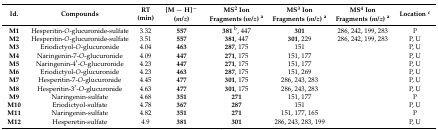
<table><thead><tr><td><b>Id.</b></td><td><b>Compounds</b></td><td><b>RT (min)</b></td><td><b>[M − H]<sup>−</sup> (<i>m/z</i>)</b></td><td><b>MS<sup>2</sup> Ion Fragments (<i>m/z</i>) <sup>a</sup></b></td><td><b>MS<sup>3</sup> Ion Fragments (<i>m/z</i>) <sup>a</sup></b></td><td><b>MS<sup>4</sup> Ion Fragments (<i>m/z</i>) <sup>a</sup></b></td><td><b>Location <sup>c</sup></b></td></tr></thead><tbody><tr><td><b>M1</b></td><td>Hesperitin-<i>O</i>-glucuronide-sulfate</td><td>3.32</td><td><b>557</b></td><td><b>381</b><sup>b</sup>, 447</td><td><b>301</b></td><td>286, 242, 199, 283</td><td>P</td></tr><tr><td><b>M2</b></td><td>Hesperitin-<i>O</i>-glucuronide-sulfate</td><td>3.51</td><td><b>557</b></td><td><b>381</b>, 447</td><td><b>301</b>, 229</td><td>286, 242, 199, 283</td><td>P, U</td></tr><tr><td><b>M3</b></td><td>Eriodictyol-<i>O</i>-glucuronide</td><td>4.04</td><td><b>463</b></td><td><b>287</b>, 175</td><td>151</td><td></td><td>P, U</td></tr><tr><td><b>M4</b></td><td>Naringenin-7-<i>O</i>-glucuronide</td><td>4.09</td><td><b>447</b></td><td><b>271</b>, 175</td><td>151, 177</td><td></td><td>P, U</td></tr><tr><td><b>M5</b></td><td>Naringenin-4′-<i>O</i>-glucuronide</td><td>4.23</td><td><b>447</b></td><td><b>271</b>, 175</td><td>151, 177</td><td></td><td>P, U</td></tr><tr><td><b>M6</b></td><td>Eriodictyol-<i>O</i>-glucuronide</td><td>4.23</td><td><b>463</b></td><td><b>287</b>, 175</td><td>151, 269</td><td></td><td>P, U</td></tr><tr><td><b>M7</b></td><td>Hesperitin-7-<i>O</i>-glucuronide</td><td>4.45</td><td><b>477</b></td><td><b>301</b>, 175</td><td>286, 243, 283</td><td></td><td>P, U</td></tr><tr><td><b>M8</b></td><td>Hesperitin-3′-<i>O</i>-glucuronide</td><td>4.63</td><td><b>477</b></td><td><b>301</b>, 175</td><td>286, 243, 283</td><td></td><td>P, U</td></tr><tr><td><b>M9</b></td><td>Naringenin-sulfate</td><td>4.68</td><td><b>351</b></td><td><b>271</b></td><td>151, 177</td><td></td><td>P</td></tr><tr><td><b>M10</b></td><td>Eriodictyol-sulfate</td><td>4.78</td><td><b>367</b></td><td><b>287</b></td><td>151</td><td></td><td>P, U</td></tr><tr><td><b>M11</b></td><td>Naringenin-sulfate</td><td>4.82</td><td><b>351</b></td><td><b>271</b></td><td>151, 177, 165</td><td></td><td>P</td></tr><tr><td><b>M12</b></td><td>Hesperetin-sulfate</td><td>4.9</td><td><b>381</b></td><td><b>301</b></td><td>286, 243, 283, 199</td><td></td><td>P, U</td></tr></tbody></table>